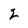
Character: 2